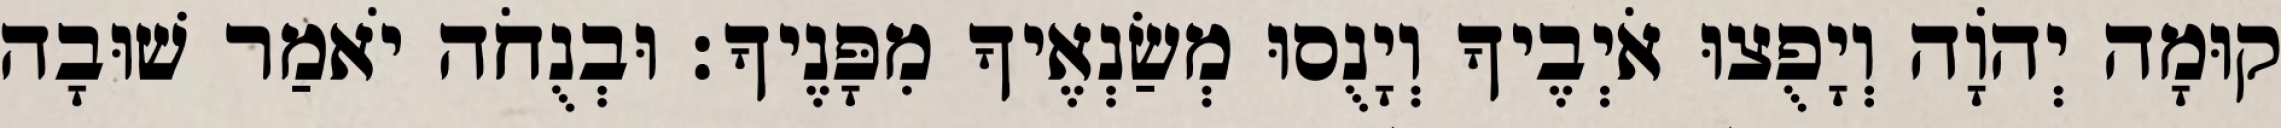
קוּמָה יְהֹוָה וְיָפֻצוּ אֹיְבֶיךָ וְיָנֻסוּ מְשַׂנְאֶיךָ מִפָּנֶיךָ׃ וּבְנֻחֹה יֹאמַר שׁוּבָה